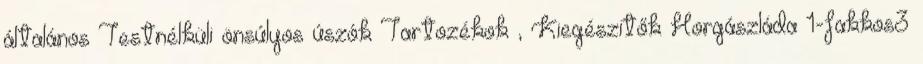
általános Testnélküli önsúlyos úszók Tartozékok , Kiegészitők Horgászláda 1-fakkos3